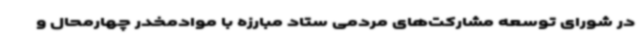
در شورای توسعه مشارکت‌های مردمی ستاد مبارزه با موادمخدر چهارمحال و